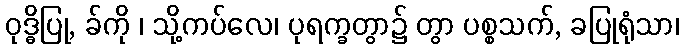
ဝုဒ္ဓိပြု, ခ်ကို ၊ သို့ကပ်လေ၊ ပုရက္ခတွာ၌ တွာ ပစ္စသက်, ခပြုရုံသာ၊